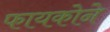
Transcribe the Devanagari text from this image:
फायकोने